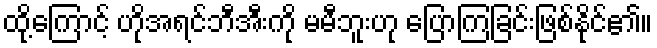
ထို့ကြောင့် ဟိုအရင်ဘီအီးကို မမီဘူးဟု ပြောကြခြင်းဖြစ်နိုင်၏။